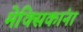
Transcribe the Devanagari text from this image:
मेक्सिकांना